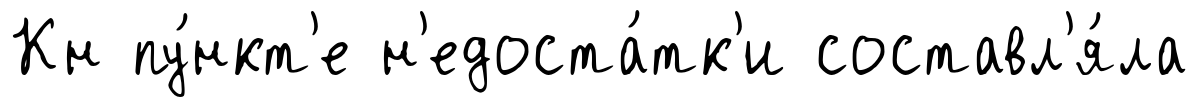
Кн пу́нкт'е н'едоста́тк'и составл'я́ла